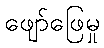
ဖျော်ဖြေမှု